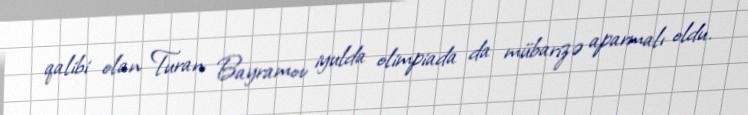
qalibi olan Turan Bayramov iyulda olimpiada da mübarizə aparmalı oldu.